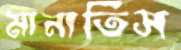
মানাতিস